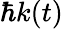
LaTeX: \hbar k(t)